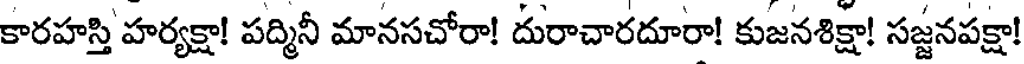
కారహస్తి హర్యక్షా! పద్మినీ మానసచోరా! దురాచారదూరా! కుజనశిక్షా! సజ్జనపక్షా!